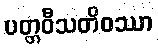
ပတ္တဝီသတိဝဿာ